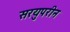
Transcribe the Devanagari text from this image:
सरयुपरीन